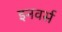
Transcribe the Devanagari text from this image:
इनवर्स